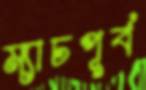
ম্যাচপূর্ব